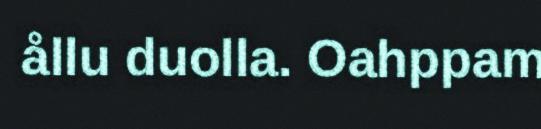
ållu duolla. Oahppam